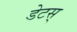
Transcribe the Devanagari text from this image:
डेटस्‌